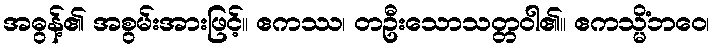
အဓွန့်၏ အစွမ်းအားဖြင့်။ ဧကဿ၊ တဦးသောသတ္တဝါ၏။ ဧကသ္မိံဘဝေ၊